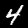
Digit: 4